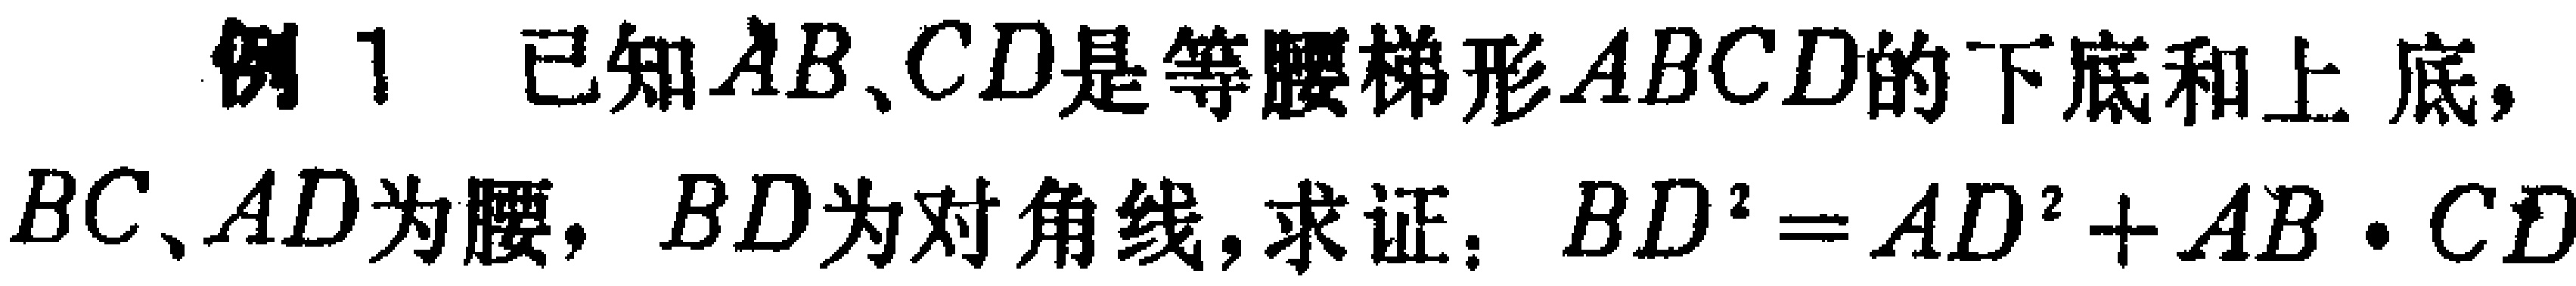
例 1. 已知\(AB、CD\)是等腰梯形\(ABCD\)的下底和上底，\(BC、AD\)为腰，\(BD\)为对角线，求证：\(BD^{2}=AD^{2}+AB\cdot CD\)